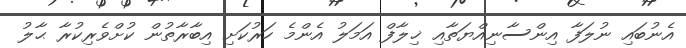
އެނުބައި ނުލަފާ އިންސާނިއްޔަތާއި ޚިލާފް އަމަލު އެންމެ ހަރުކަށި އިބާރާތުން ކުށްވެރިކުރާ ޙާލު